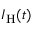
I _ { \mathrm { H } } ( t )